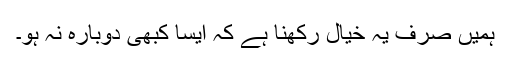
ہمیں صرف یہ خیال رکھنا ہے کہ ایسا کبھی دوبارہ نہ ہو۔